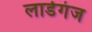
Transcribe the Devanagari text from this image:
लार्डगंज